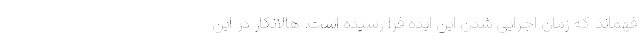
فهماند که زمان اجرایی شدن این ایده فرا رسیده است. هالانکار در این